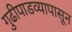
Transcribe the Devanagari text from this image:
गुढीपाडव्यापासून